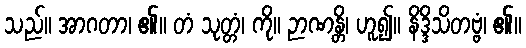
သည်။ အာဂတာ၊ ၏။ တံ သုတ္တံ၊ ကို။ ဉာဏန္တိ၊ ဟူ၍။ နိဒ္ဒိသိတဗ္ဗံ၊ ၏။